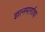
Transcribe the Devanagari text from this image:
ज्ञानमार्गाचा